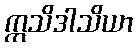
ဣသိဒါသိယာ